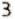
3